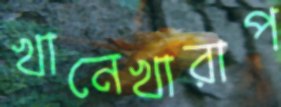
খানেখারাপ